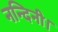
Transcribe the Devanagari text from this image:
नन्दिनी।